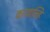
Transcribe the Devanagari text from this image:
कारवाल्हि